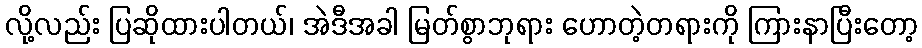
လို့လည်း ပြဆိုထားပါတယ်၊ အဲဒီအခါ မြတ်စွာဘုရား ဟောတဲ့တရားကို ကြားနာပြီးတော့